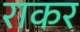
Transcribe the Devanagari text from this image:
राकर